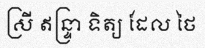
ស្រី ឥន្ទ្រា ទិត្យ ដែល ថៃ